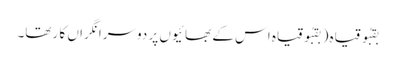
بقبُو قیاہ ( بقبُوقیاہ اس کے بھا ئیوں پر دوسرا نگراں کا رتھا۔